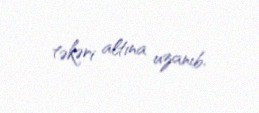
təkəri altına uzanıb.